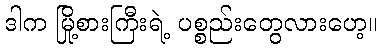
ဒါက မြို့စားကြီးရဲ့ ပစ္စည်းတွေလားဟေ့။